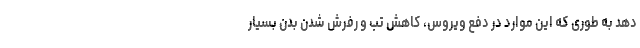
دهد به طوری که این موارد در دفع ویروس، کاهش تب و رفرش شدن بدن بسیار